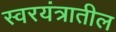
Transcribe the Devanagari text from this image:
स्वरयंत्रातील